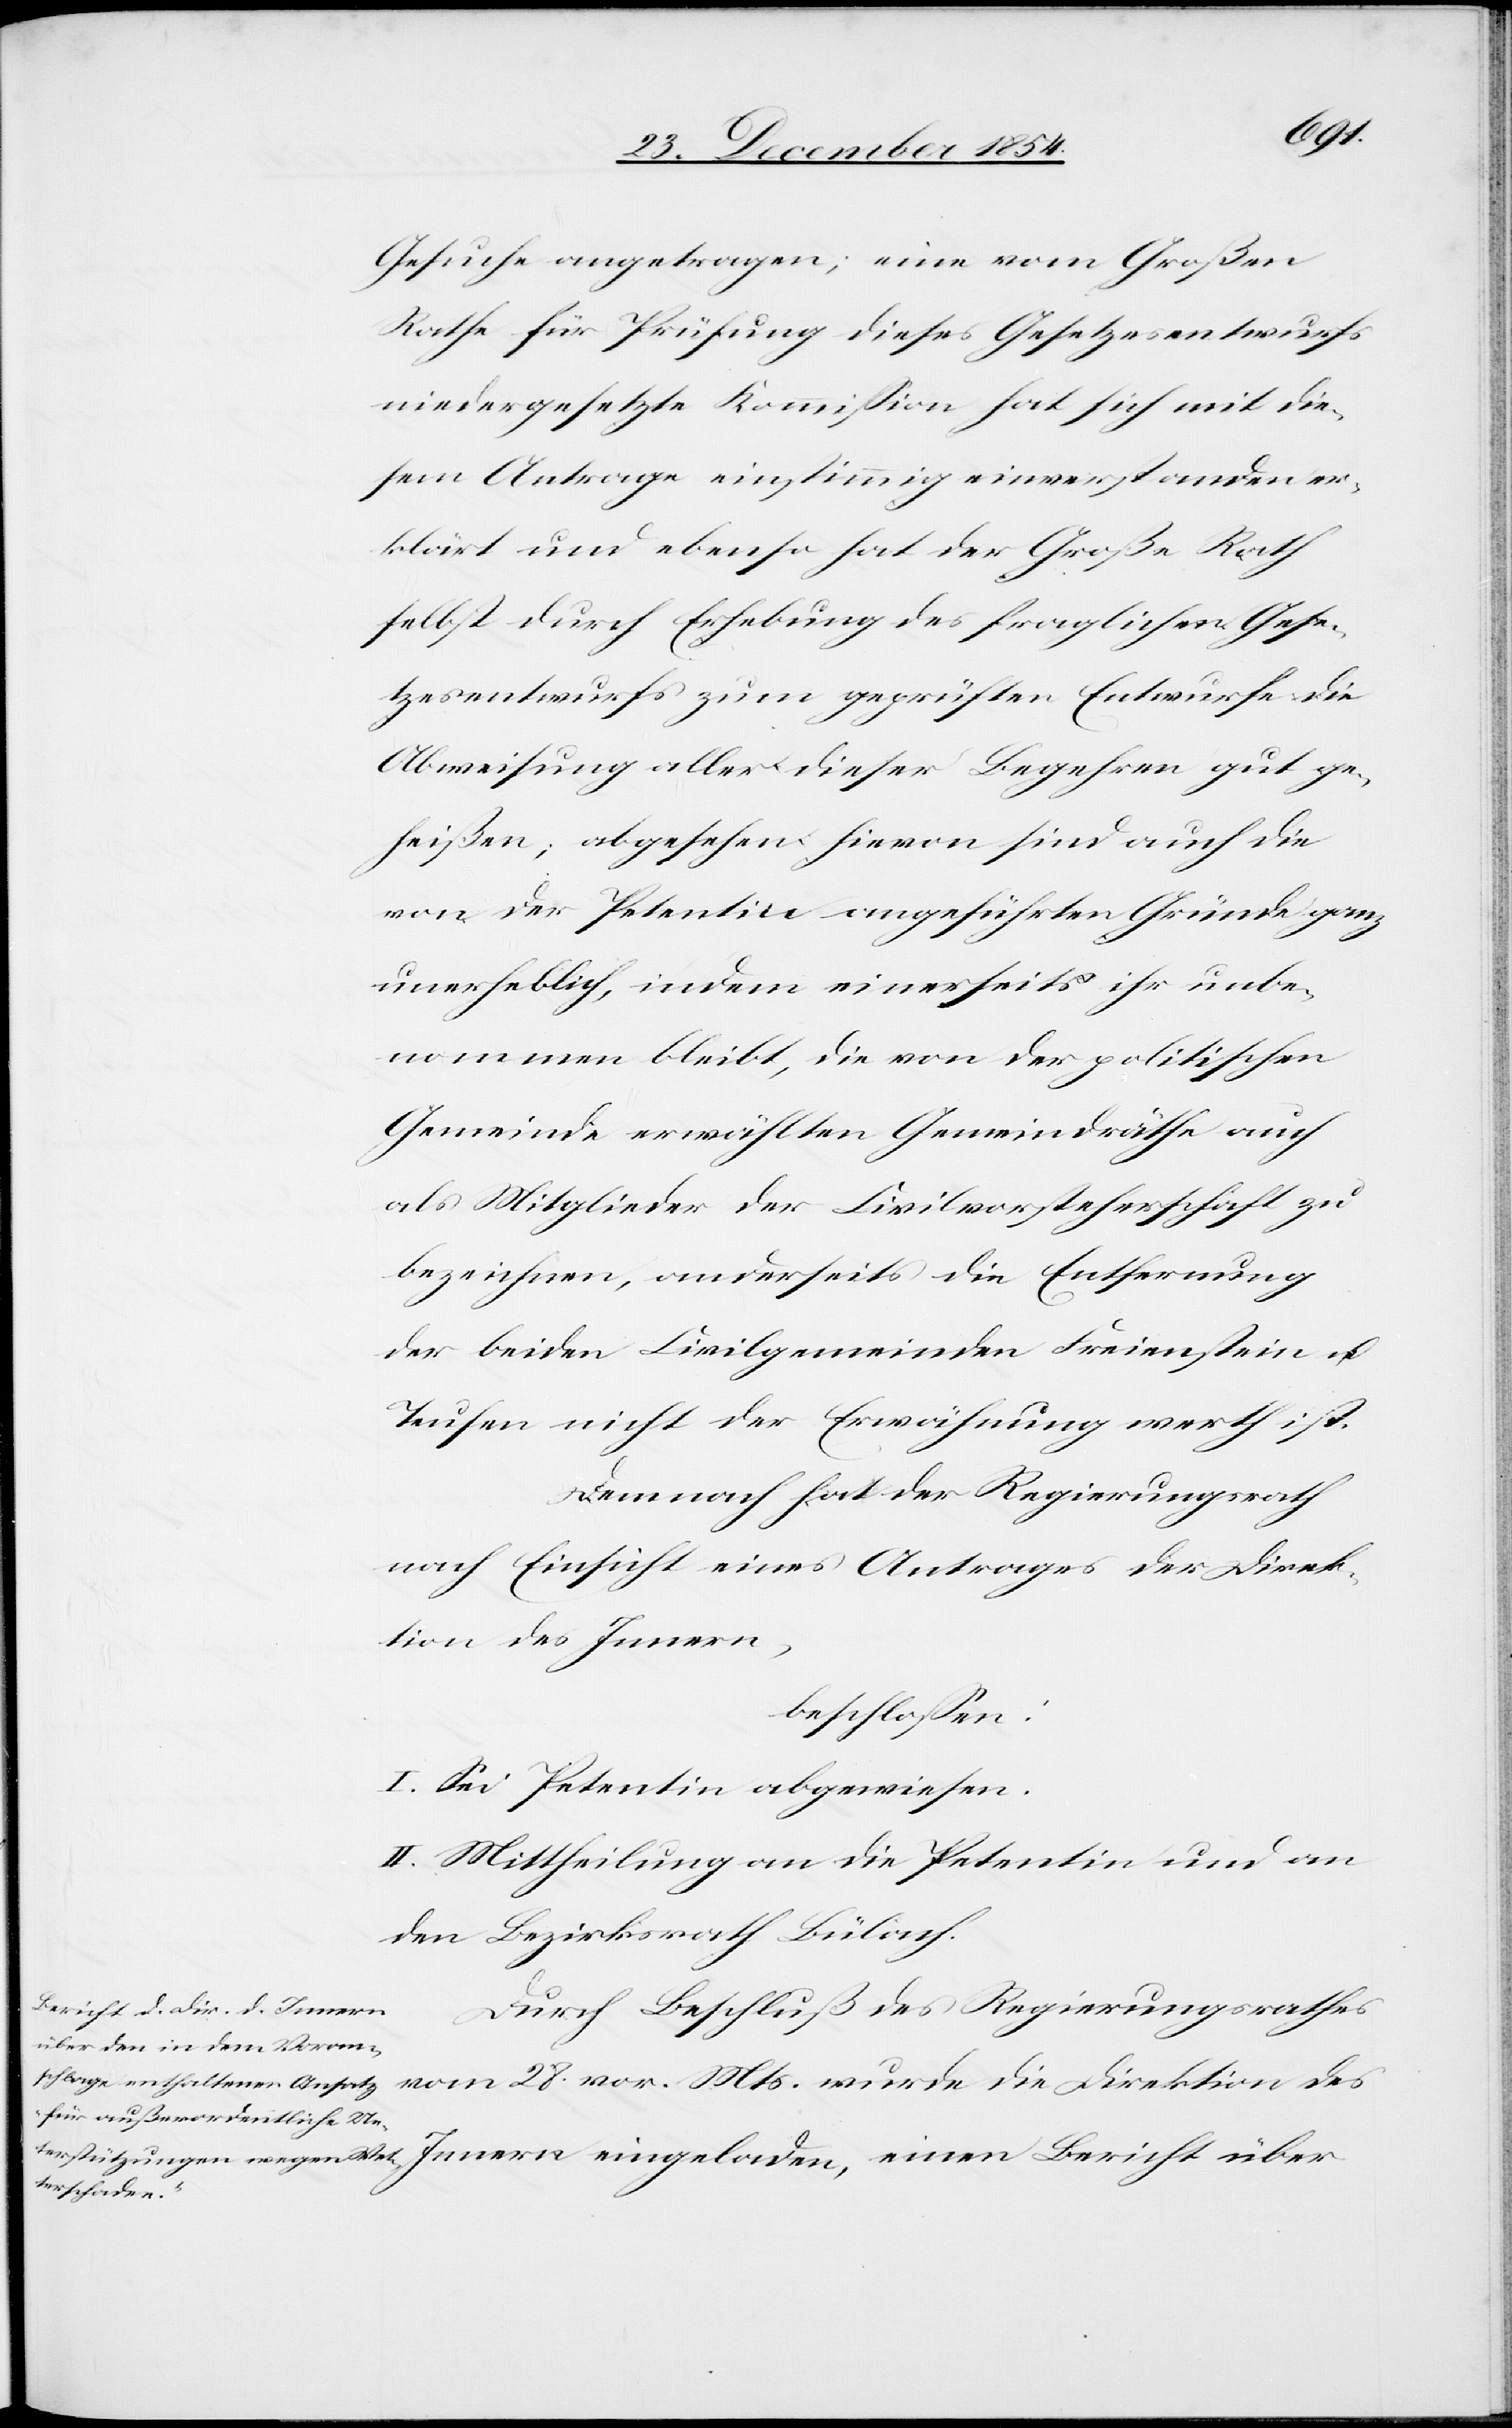
Gesuche angetragen; eine vom Großen
Rathe für Prüfung dieses Gesetzesentwurfs
niedergesetzte Kommißion hat sich mit die¬
sem Antrage einstimmig einverstanden er¬
klärt und ebenso hat der Große Rath
selbst durch Erhebung des fraglichen Gese¬
tzesentwurfs zum geprüften Entwurfe die
Abweisung aller dieser Begehren gut ge¬
heißen; abgesehen hievon sind auch die
von der Petentin angeführten Gründe ganz
unerheblich, indem einerseits ihr unbe¬
nommen bleibt, die von der politischen
Gemeinde erwählten Gemeindräthe auch
als Mitglieder der Civilvorsteherschaft zu
bezeichnen, anderseits die Entfernung
der beiden Civilgemeinden Freienstein u.
Teufen nicht der Erwähnung werth ist.
Demnach hat der Regierungsrath
nach Einsicht eines Antrages der Direk¬
tion des Innern,
beschloßen:
I. Sei Petentin abgewiesen.
II. Mittheilung an die Petentin und an
den Bezirksrath Bülach.
Durch Beschluß des Regierungsrathes
vom 28. vor. Mts. wurde die Direktion des
Innern eingeladen, einen Bericht über